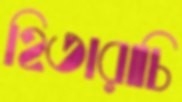
হিতারাচি